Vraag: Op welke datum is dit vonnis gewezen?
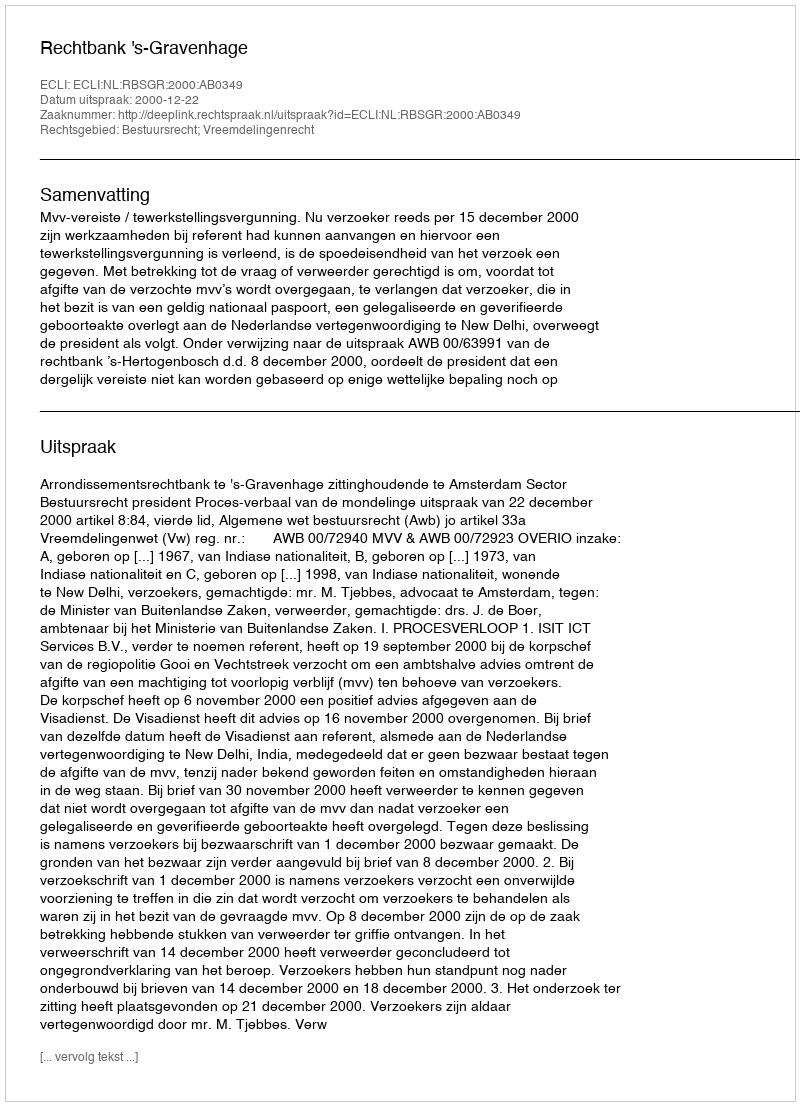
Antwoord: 2000-12-22